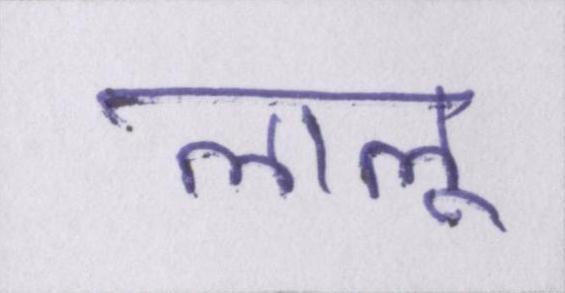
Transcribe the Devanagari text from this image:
लालू